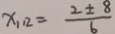
x _ { 1 1 2 } = \frac { 2 \pm 8 } { 6 }